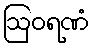
ဩဝရဏံ